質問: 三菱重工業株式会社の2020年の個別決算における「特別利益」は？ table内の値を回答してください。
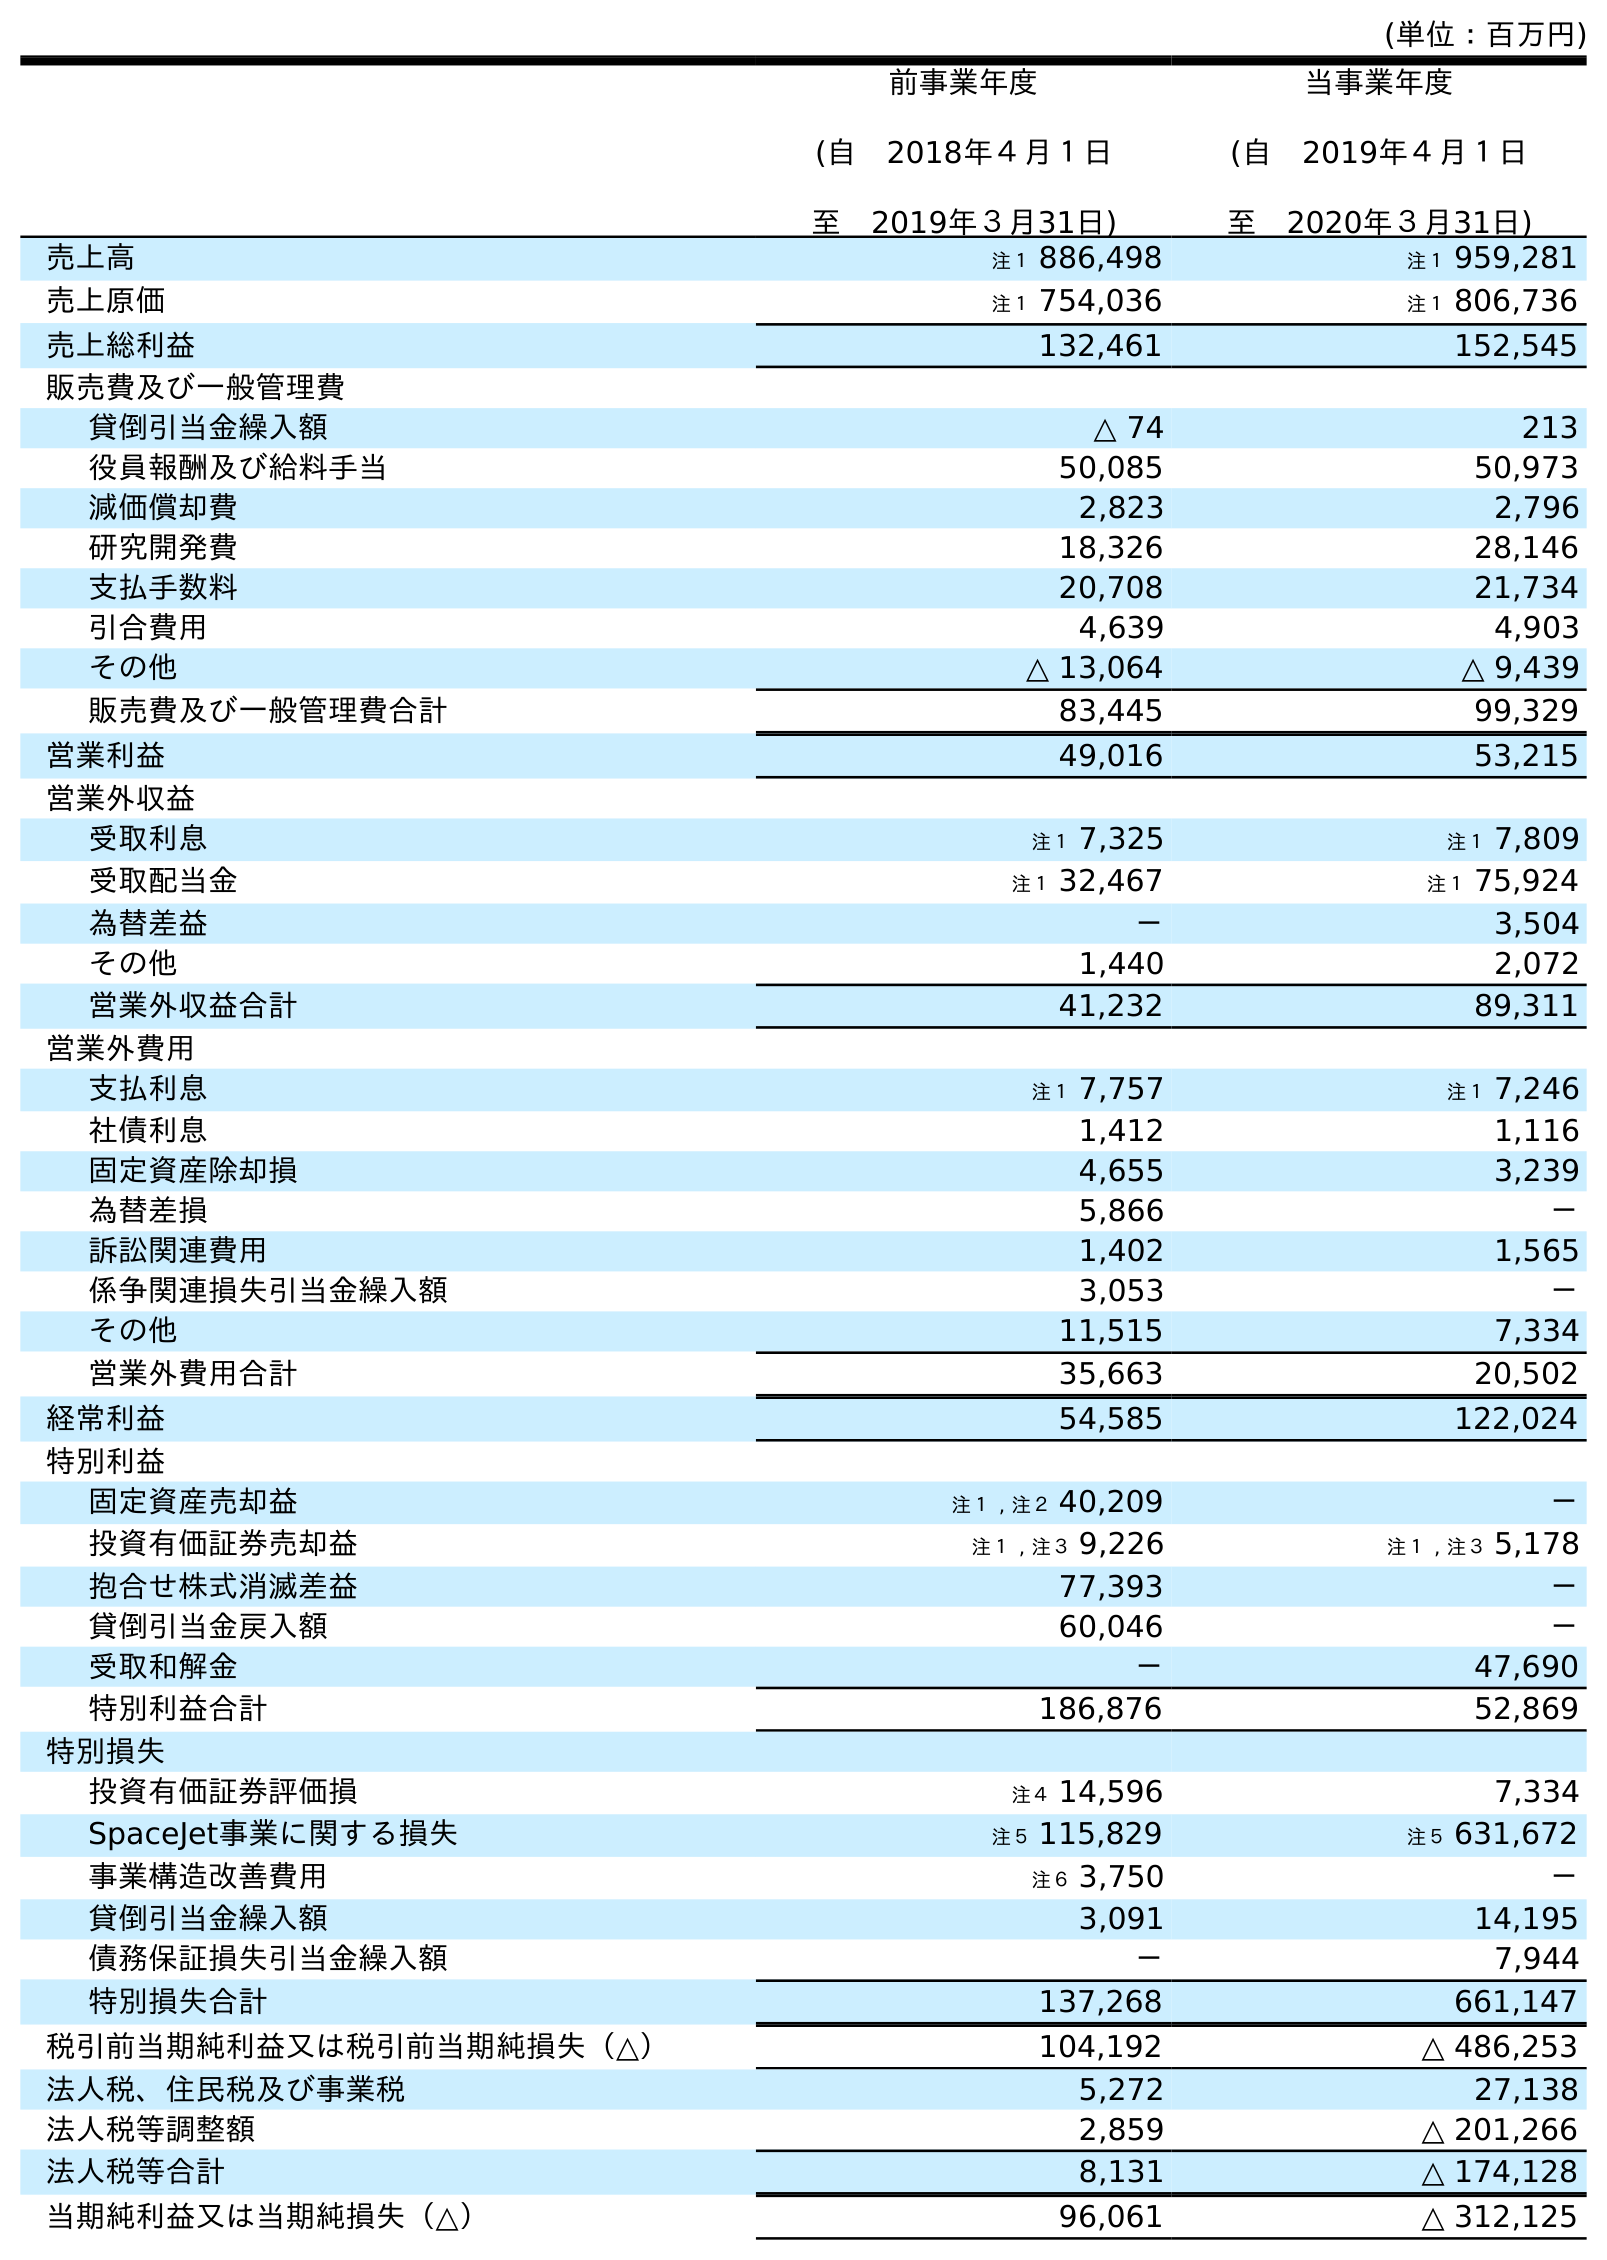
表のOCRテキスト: (単位：百万円) 前事業年度 (自 2018年４月１日 至 2019年３月31日) 当事業年度 (自 2019年４月１日 至 2020年３月31日) 売上高 注１ 886,498 注１ 959,281 売上原価 注１ 754,036 注１ 806,736 売上総利益 132,461 152,545 販売費及び一般管理費 貸倒引当金繰入額 △ 74 213 役員報酬及び給料手当 50,085 50,973 減価償却費 2,823 2,796 研究開発費 18,326 28,146 支払手数料 20,708 21,734 引合費用 4,639 4,903 その他 △ 13,064 △ 9,439 販売費及び一般管理費合計 83,445 99,329 営業利益 49,016 53,215 営業外収益 受取利息 注１ 7,325 注１ 7,809 受取配当金 注１ 32,467 注１ 75,924 為替差益 － 3,504 その他 1,440 2,072 営業外収益合計 41,232 89,311 営業外費用 支払利息 注１ 7,757 注１ 7,246 社債利息 1,412 1,116 固定資産除却損 4,655 3,239 為替差損 5,866 － 訴訟関連費用 1,402 1,565 係争関連損失引当金繰入額 3,053 － その他 11,515 7,334 営業外費用合計 35,663 20,502 経常利益 54,585 122,024 特別利益 固定資産売却益 注１ , 注２ 40,209 － 投資有価証券売却益 注１ , 注３ 9,226 注１ , 注３ 5,178 抱合せ株式消滅差益 77,393 － 貸倒引当金戻入額 60,046 － 受取和解金 － 47,690 特別利益合計 186,876 52,869 特別損失 投資有価証券評価損 注４ 14,596 7,334 SpaceJet事業に関する損失 注５ 115,829 注５ 631,672 事業構造改善費用 注６ 3,750 － 貸倒引当金繰入額 3,091 14,195 債務保証損失引当金繰入額 － 7,944 特別損失合計 137,268 661,147 税引前当期純利益又は税引前当期純損失（△） 104,192 △ 486,253 法人税、住民税及び事業税 5,272 27,138 法人税等調整額 2,859 △ 201,266 法人税等合計 8,131 △ 174,128 当期純利益又は当期純損失（△） 96,061 △ 312,125
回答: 52,869